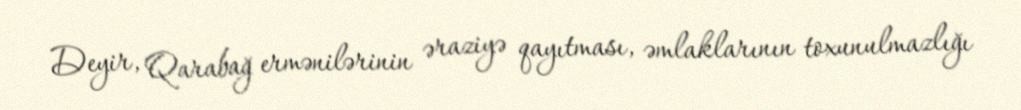
Deyir, Qarabağ ermənilərinin əraziyə qayıtması, əmlaklarının toxunulmazlığı